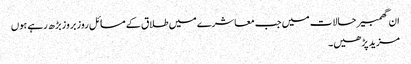
ان گھمبیر حالات میں جب معاشرے میں طلاق کے مسائل روز بروز بڑھ رہے ہوں
مزید پڑھیں۔